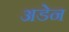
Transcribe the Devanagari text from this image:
अडेन